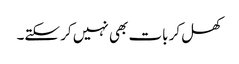
کھل کر بات بھی نہیں کر سکتے۔